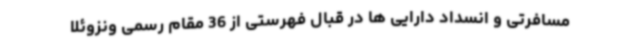
مسافرتی و انسداد دارایی ها در قبال فهرستی از 36 مقام رسمی ونزوئلا